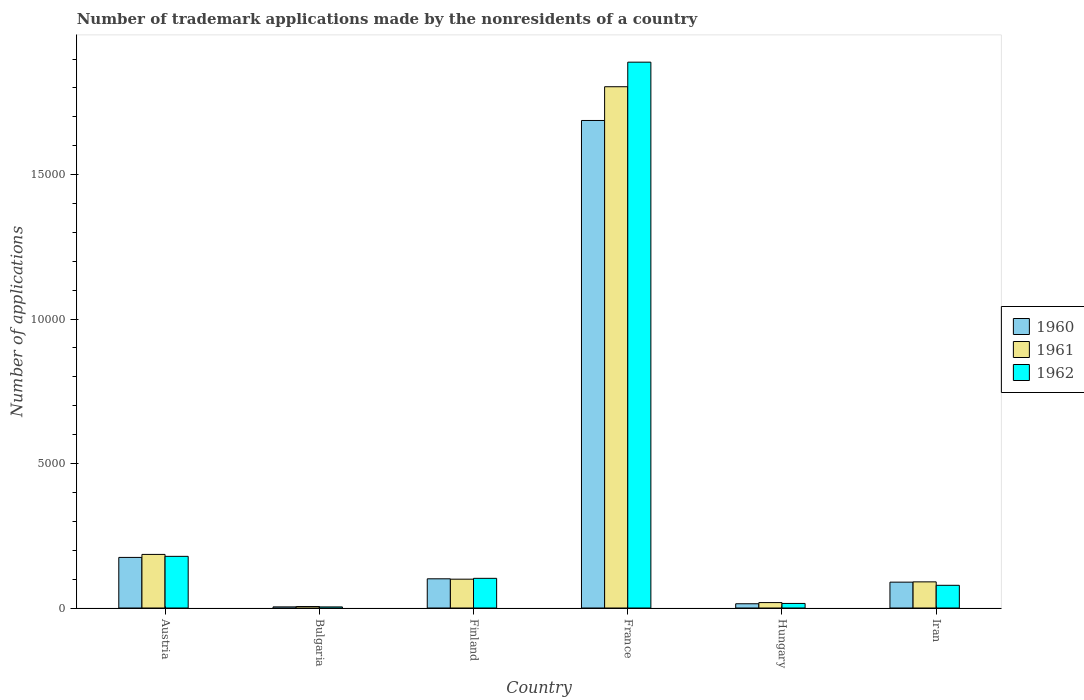
| Country | 1960 | 1961 | 1962 |
 | --- | --- | --- | --- |
 | Austria | 1.75e+03 | 1.86e+03 | 1.79e+03 |
 | Bulgaria | 39 | 51 | 38 |
 | Finland | 1.01e+03 | 998 | 1.03e+03 |
 | France | 1.69e+04 | 1.8e+04 | 1.89e+04 |
 | Hungary | 147 | 188 | 158 |
 | Iran | 895 | 905 | 786 |